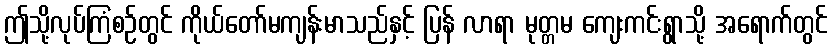
ဤသို့လုပ်ကြံစဉ်တွင် ကိုယ်တော်မကျန်းမာသည်နှင့် ပြန် လာရာ မုတ္တမ ကျေးကင်းရွာသို့ အရောက်တွင်